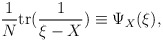
\begin{align*}{1\over N}{\rm{tr}}({1\over \xi-X}) \equiv \Psi_X(\xi),\end{align*}